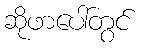
ဆိုဖာပေါ်တွင်